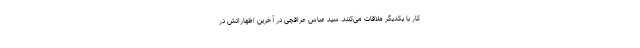
کار با یکدیگر ملاقات می‌کنند. سید عباس عراقچی در آخرین اظهاراتش در